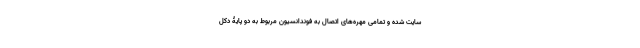
سایت شده و تمامی مهره‌های اتصال به فوندانسیون مربوط به دو پایۀ دکل